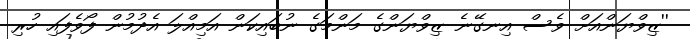
''ޒިވްޔަންއަށް ވެސް އިނގޭނެ ޒިވްޔަންގެ މަންމަގެ ނުބައިކަން އަމިއްލަ އެދުމުން ފޯވެފައި ހުރި